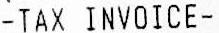
-TAX INVOICE-